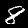
Digit: 8